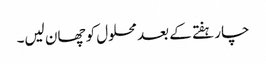
چار ہفتے کے بعد محلول کو چھان لیں۔